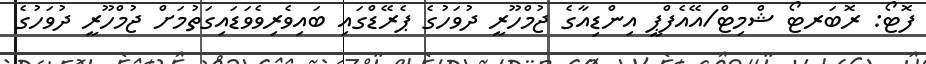
ފޮޓޯ: ރޮބަރޓޯ ޝްމިޓް/އޭއެފްޕީ އިންޑިއާގެ ޖުމްހޫރީ ދުވަހުގެ ޕެރޭޑްގައި ބައިވެރިވެވަޑައިގަތުމަށް ޖުމްހޫރީ ދުވަހުގެ